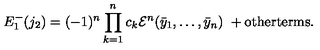
E _ { 1 } ^ { - } ( j _ { 2 } ) = ( - 1 ) ^ { n } \prod _ { k = 1 } ^ { n } c _ { k } { \cal E } ^ { n } ( \bar { y } _ { 1 } , \dots , \bar { y } _ { n } ) \ + \mathrm { o t h e r t e r m s } .